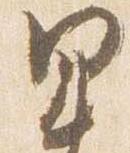
里